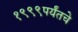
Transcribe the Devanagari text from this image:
१९९९पर्यंतचे